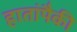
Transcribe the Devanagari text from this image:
हातांपैकी